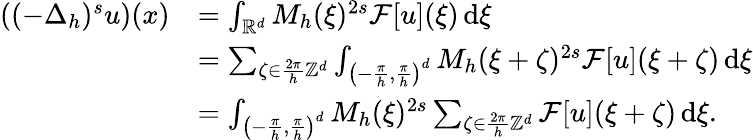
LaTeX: \begin{array}{rl}{\left((-\Delta_{h})^{s}u\right)(x)}&{=\int_{\mathbb{R}^{d}}M_{h}(\xi)^{2s}\mathcal{F}[u](\xi)\, \mathrm{d}\xi}\\ &{=\sum_{\zeta\in\frac{2\pi}{h}\mathbb{Z}^{d}}\int_{\left(-\frac{\pi}{h},\frac{\pi}{h}\right)^{d}}M_{h}(\xi+\zeta)^{2s}\mathcal{F}[u](\xi+\zeta)\, \mathrm{d}\xi}\\ &{=\int_{\left(-\frac{\pi}{h},\frac{\pi}{h}\right)^{d}}M_{h}(\xi)^{2s}\sum_{\zeta\in\frac{2\pi}{h}\mathbb{Z}^{d}}\mathcal{F}[u](\xi+\zeta)\, \mathrm{d}\xi.}\end{array}